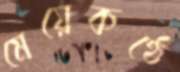
মেয়েকণ্ঠে